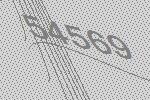
54569